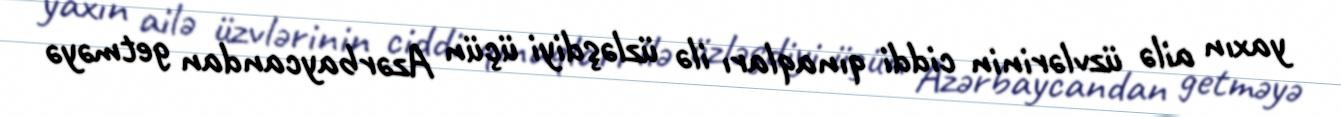
yaxın ailə üzvlərinin ciddi qınaqları ilə üzləşdiyi üçün Azərbaycandan getməyə